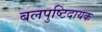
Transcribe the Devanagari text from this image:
बलपुष्टिदायक